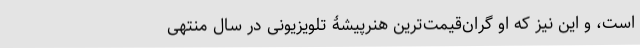
است، و این نیز که او گران‌قیمت‌ترین هنرپیشۀ تلویزیونی در سال منتهی